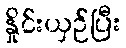
နှိုင်းယှဉ်ပြီး